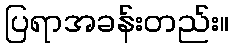
ပြရာအခန်းတည်း။